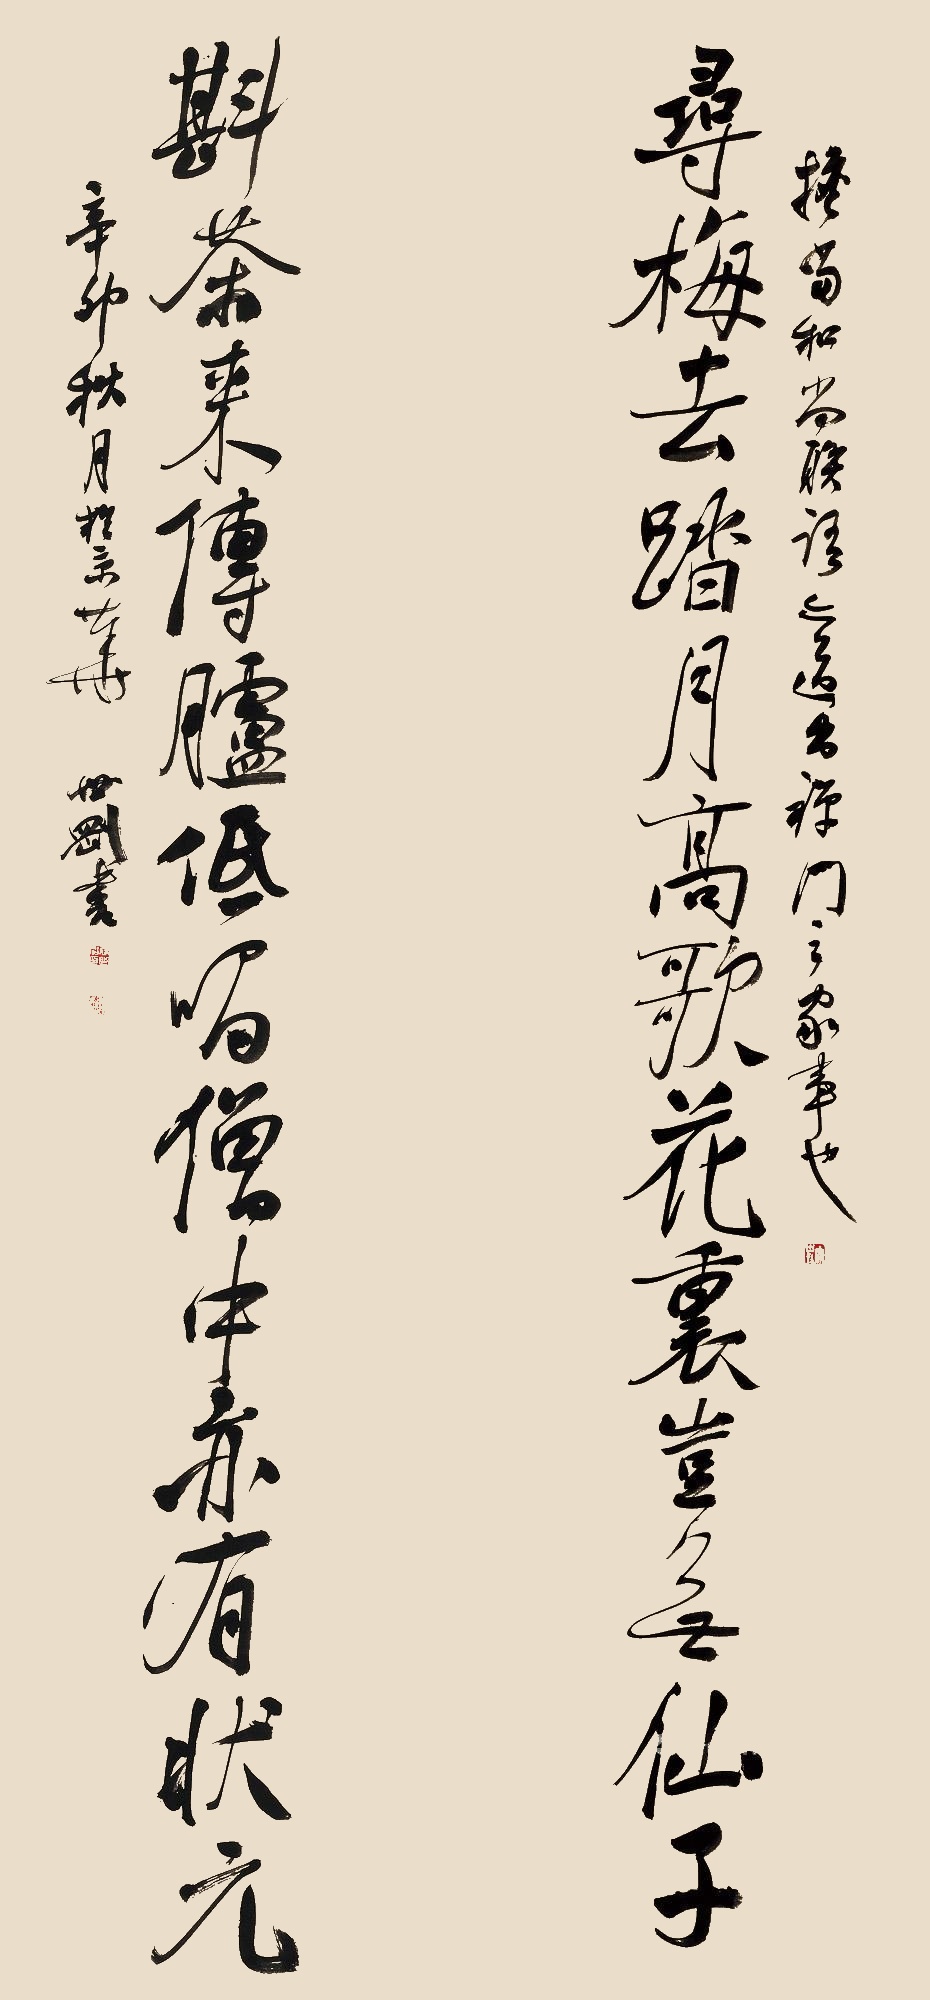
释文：寻梅去踏月高歌花里岂无仙子；斟茶来传胪低唱僧中亦有状元。担当和尚联语道出禅门之家事也。辛卯秋月于京华。世刚书。